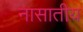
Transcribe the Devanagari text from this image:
नासातीय